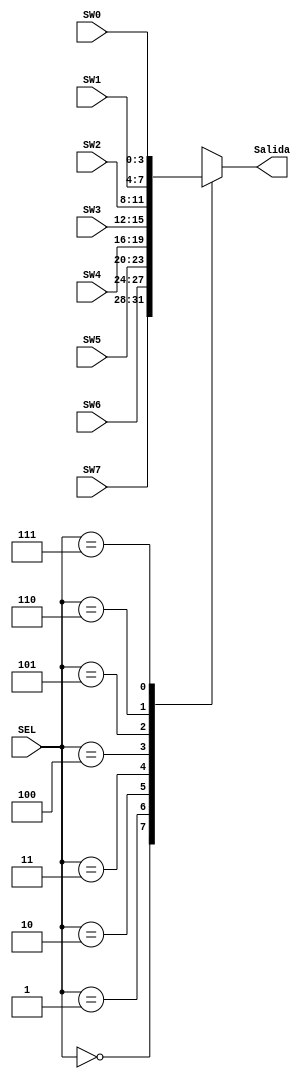
module BCD_Sel #(parameter ANCHO=4 )(input [ANCHO-1:0] SW7,SW6,SW5,SW4,SW3,SW2,SW1,SW0, input [2:0] SEL, output reg [ANCHO-1:0] Salida );
always @(*) begin
        case(SEL)
            0: Salida=SW7;
            1: Salida=SW6;
            2: Salida=SW5;
            3: Salida=SW4;
            4: Salida=SW3;
            5: Salida=SW2;
            6: Salida=SW1;
            7: Salida=SW0;
            default: Salida = 0;
        endcase
    end
endmodule